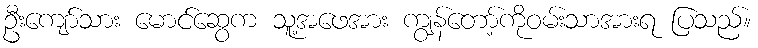
ဦးကျော်သား မောင်ဆွေက သူ့အဖေအား ကျွန်တော့်ကိုဝမ်းသာအားရ ပြသည်။